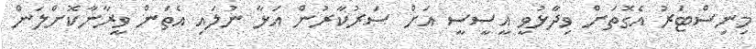
މިނިސްޓަރު އެގޮތަށް ވިދާޅުވީ އީސީސީ އަށް ސަރުކާރުން އަޅާ ނުލައި އެތަން ވީރާނާކޮށްލަން